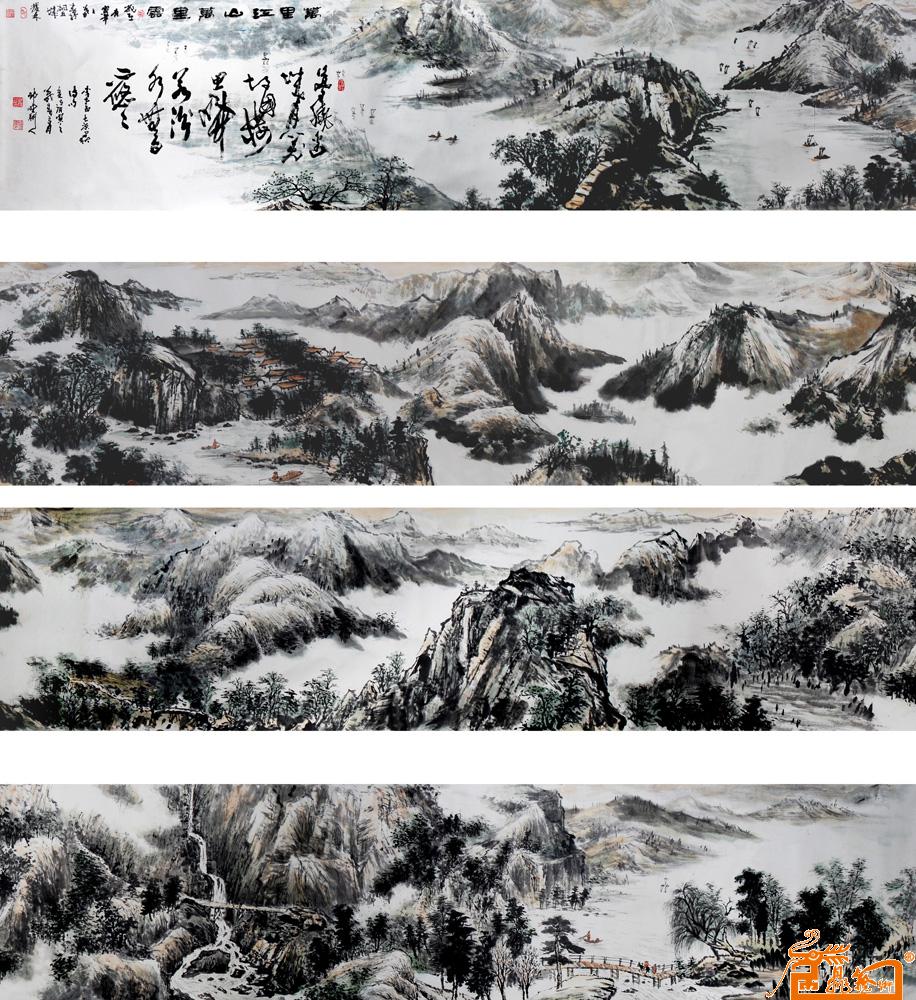
一身虏云外，万里胡天西。